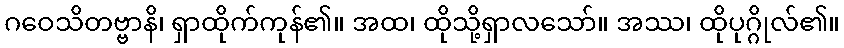
ဂဝေသိတဗ္ဗာနိ၊ ရှာထိုက်ကုန်၏။ အထ၊ ထိုသို့ရှာလသော်။ အဿ၊ ထိုပုဂ္ဂိုလ်၏။